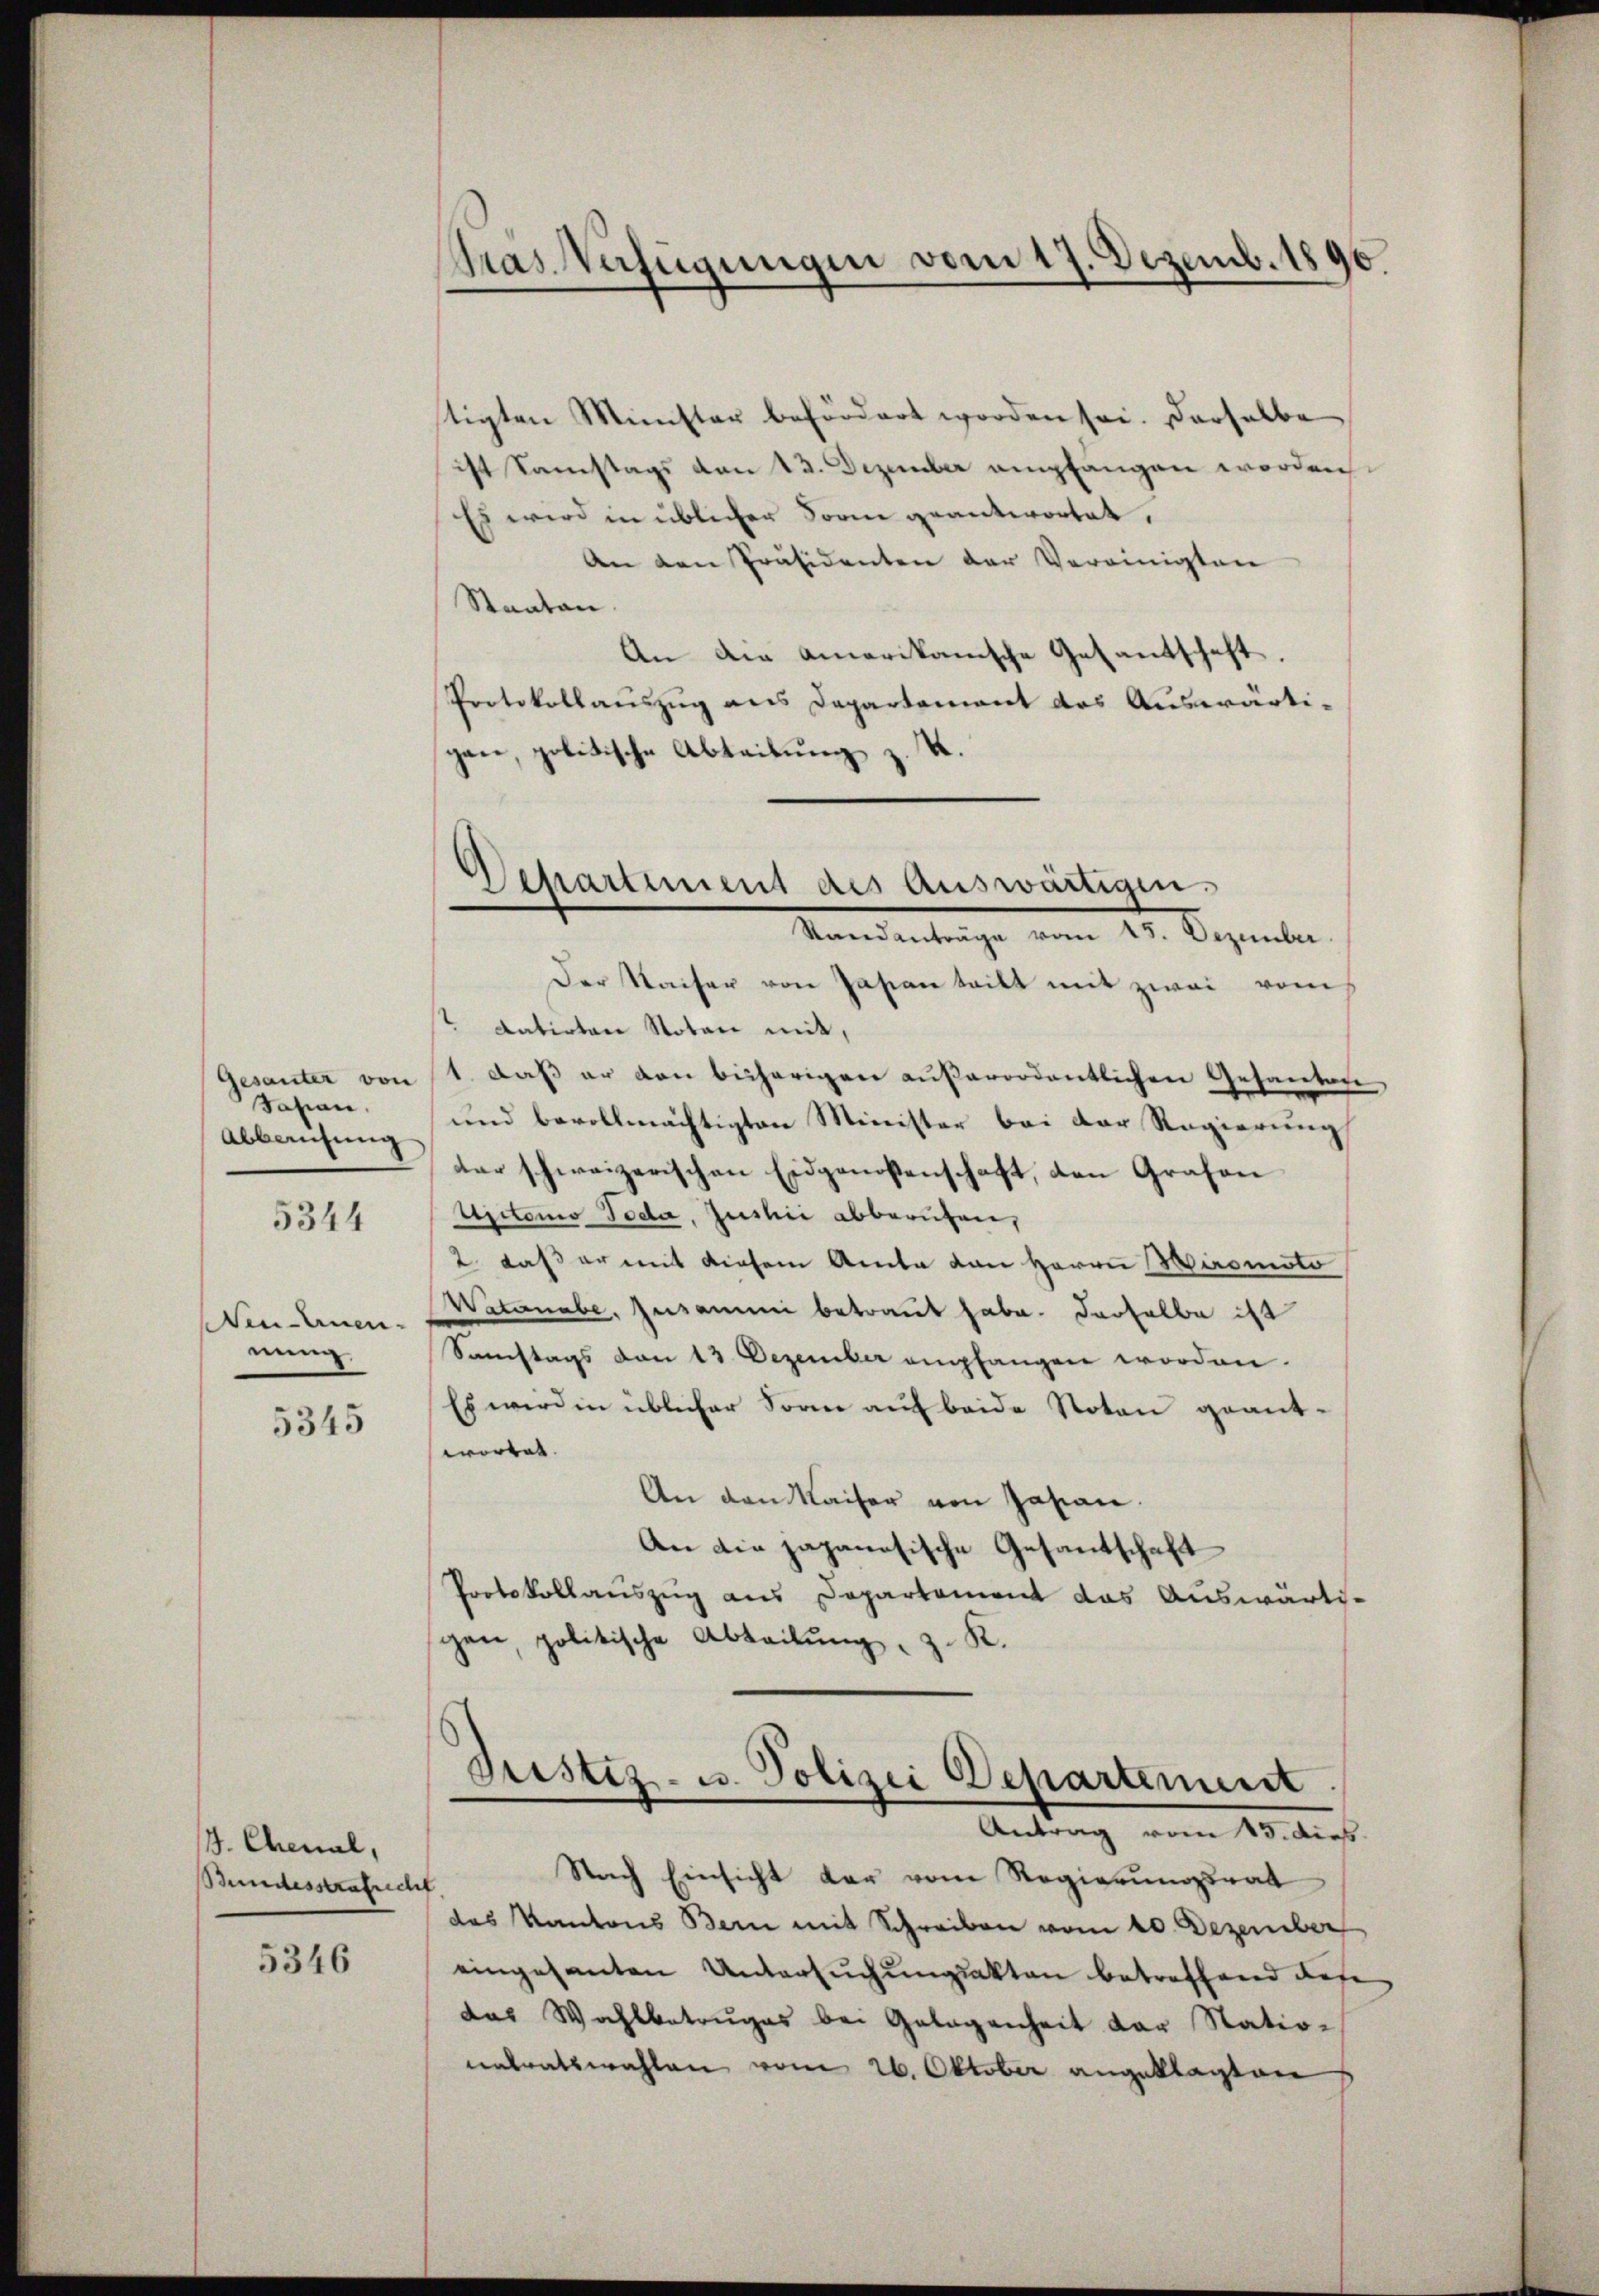
Gesanter von
Sasien,
Abbausung

5344

dendenen,
nung.

5345

J. Chenal,
Bundesstrafrecht

5346

Gras Verfügungen vom 17. Dezemb. 1890.

stigten Minister befördert worden sei. Derselbe
ist Samstags den 13. Dezember empfangen worden
Es wird in üblicher Sonne geantwortet.
An den Präsidenten der Vereinigten
Staaten.
An die amerikanische Gesantschaft.
Protokollauszug aus Departement des Auswärti-
gen, politische Abteilung z. K.

Departement des Auswärtigen.
Standanträge vom 15. Dezember.

Der Waiser von Pasian tritt mit zwei vom
" datirten Notar mit,
1. daß er den bisherigen außerordentlichen Gesandere
und bevollmächtigten Minister bei der Regierung
tar schweizerischen Eidgenossenschaft, den Grafen
Apctonio Foda, Justic abberuhen,
2 dass er mit diesem Amte von Herrn Wiromoto
Watanabe, Zusamme betraut habe. Derselbe ist
Samstags von 13. Dezember empfangen worden.
Es werden üblicher Sonne auf beide Noten geant-
wortet.
An den Kaiser von Jasian.
An die japanesische Gesantschaft
Protokollauszug aus Departement das Auswärtigen, politische Abteilŭng, z. K.

Justiz- u. Polizei Departement.
Antrag vom 15. dies

Nach Einsicht der vom Regierungsrat
das Kantons Bern mit Schreiben vom 20. Dezember
eingesanten Untersuchungsakten betreffend diese
das Wahlbetruges bei Gelegenheit der Nationatratswahlen vom 26. Oktober angeklagten